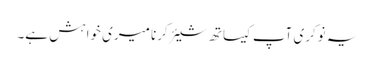
یہ نوکری آپ کیساتھ شیئر کرنا میری خواہش ہے۔